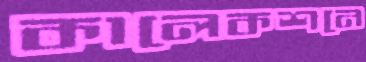
কালেকশনে